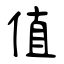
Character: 值